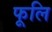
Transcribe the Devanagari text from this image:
फूलि